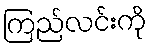
ကြည်လင်းကို